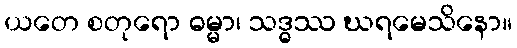
ယတေ စတုရော ဓမ္မာ၊ သဒ္ဓဿ ဃရမေသိနော။